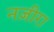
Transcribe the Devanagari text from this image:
नज़ीरा